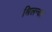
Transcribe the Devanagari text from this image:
श्रिलन्का